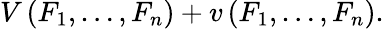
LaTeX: V\left(F_{1},\dots,F_{n}\right)+v\left(F_{1},\dots,F_{n}\right).